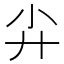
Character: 𡭛